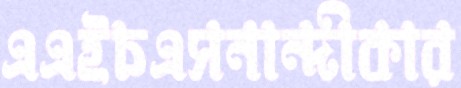
এএইচএসনান্দীকার